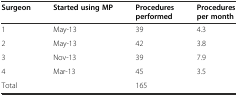
| Surgeon | Started using MP | Procedures performed | Procedures per month |
 | --- | --- | --- | --- |
 | 1 | May-13 | 39 | 4.3 |
 | 2 | May-13 | 42 | 3.8 |
 | 3 | Nov-13 | 39 | 7.9 |
 | 4 | Mar-13 | 45 | 3.5 |
 | Total |  | 165 |  |